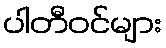
ပါတီဝင်များ